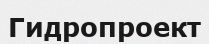
Гидропроект